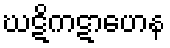
ဃဋိကဋာဟေန